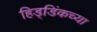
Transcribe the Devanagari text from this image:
हिड्डिंकच्या